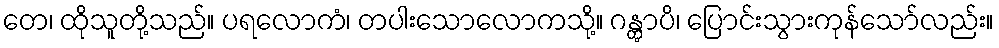
တေ၊ ထိုသူတို့သည်။ ပရလောကံ၊ တပါးသောလောကသို့။ ဂန္တွာပိ၊ ပြောင်းသွားကုန်သော်လည်း။